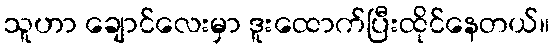
သူဟာ ချောင်လေးမှာ ဒူးထောက်ပြီးထိုင်နေတယ်။